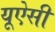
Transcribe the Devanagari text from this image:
यूऐसी